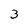
Character: 3